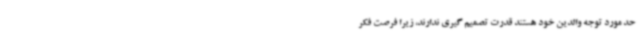
حد مورد توجه والدین خود هستند قدرت تصمیم گیری ندارند، زیرا فرصت فکر